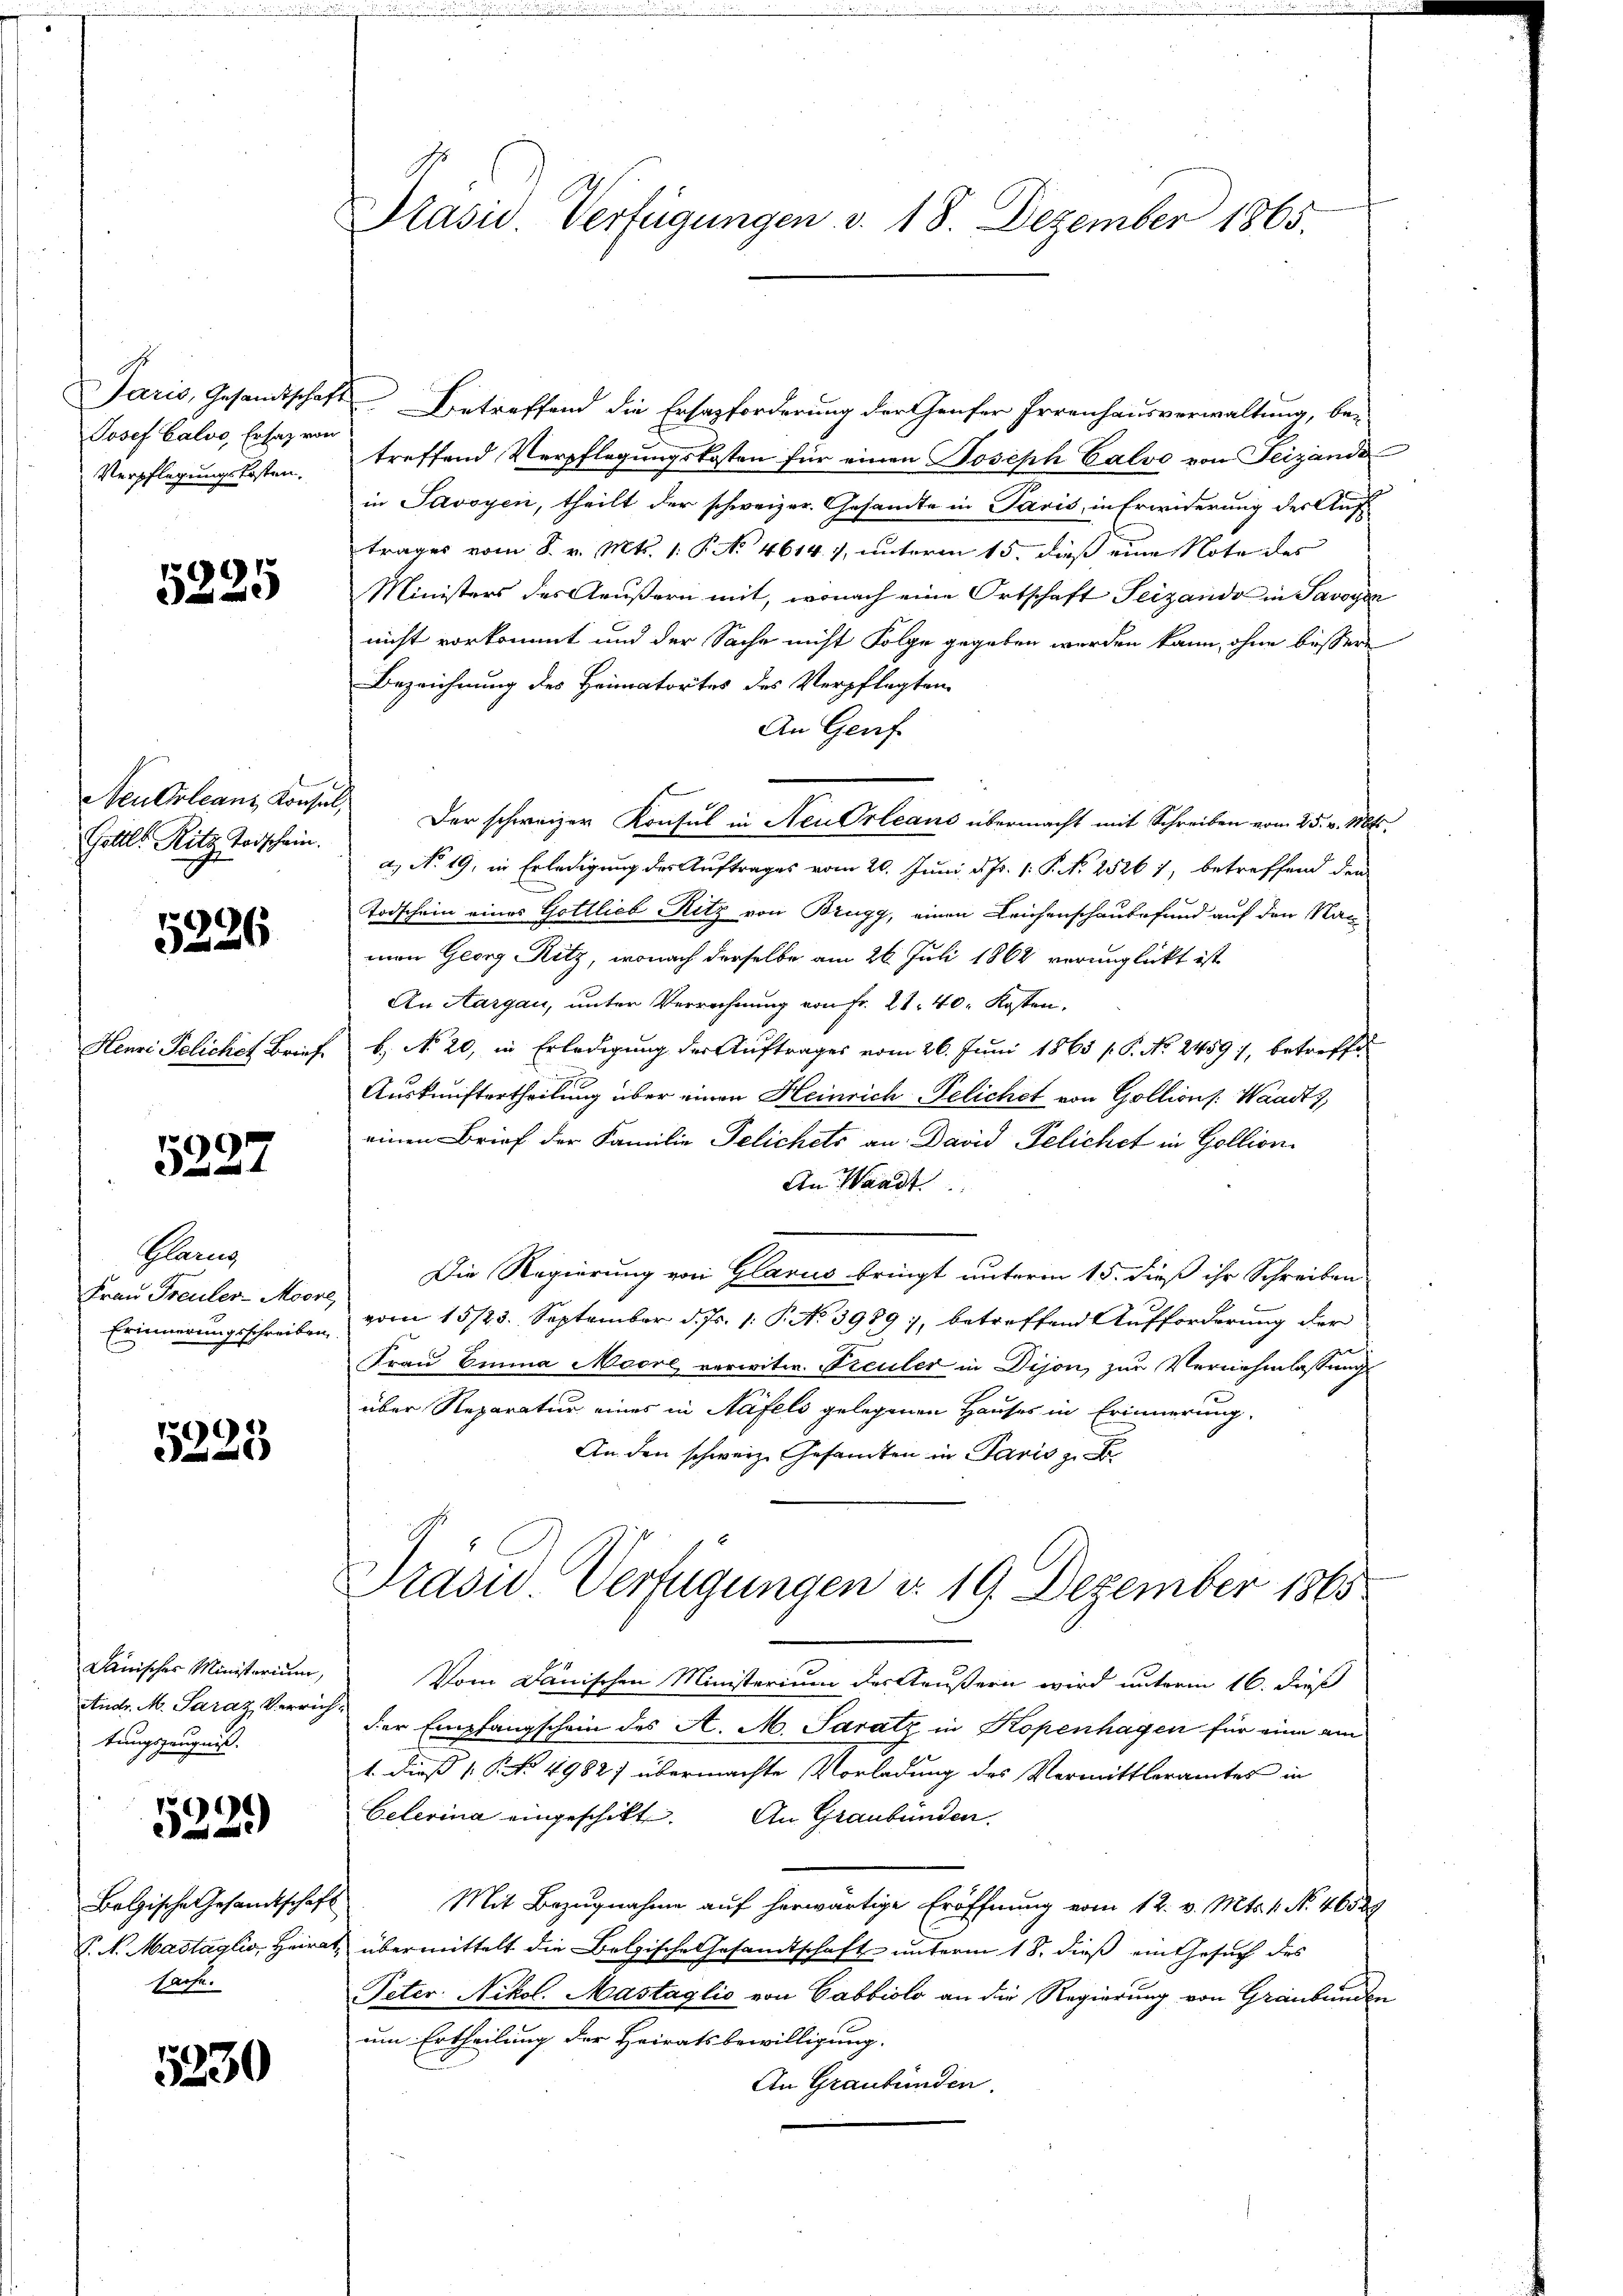
Jaris, Gesandtschaft
Josef Calvo, Ersatz von
Verpflegungskosten.

5225

Neu Orleanz Konse
Gottl. Ritz Todschein.

5226

Henri Pelichet Brief.

5227

Glanz
Frau Freuler-Moore,
Erinnerungsschreiben

5223

Dawisches Ministorium,
Andr. M. Saraz, Verrich
tungszeugniß.

¬
)
)

Belgische Gesandtschaft
V. N. Mastaglio, Heira
farfe.

5230

Präsid. Verfügungen v. 18. Dezember 1865.

Betreffend die Ersazforderung der Genfer Irrenhausverwaltung, be-
treffend Verpflegungskosten für einen Joseph Calvo von Feizande
in Savoyen, theilt der schweizer. Gesandte in Paris, in Erwiderung der Auftrages vom 8. v. Mts. 1. P. No 4614. 7, unterm 15. dieß eine Note des
Ministers des Aeußern mit, wonach eine Ortschaft Seizando in Savoyen
nicht vorkommt und der Sache nicht Folge gegeben werden kann, ohne bessere
Bezeichnung des Heimatortes des Verpflegten
An Genf
Der schweizer Konsul in Neu Orleaus übermacht mit Schreiben vom 25. v. Mts.
a.) No 19, in Erledigung des Auftrages vom 20. Juni d. Js. 1. P. N. 25261, betreffend den
Todschein eines Gottlieb Ritz von Brugg, einen Leichenschaubefund auf den Nac
mon Georg Ritz, wonach derselbe am 26. Juli 1862 verunglückt ist
An Aargau, unter Verrechnung von Fr. 21. 40. Kosten.
b. No. 20, in Erledigung der Auftrages vom 26. Juni 1865 s P. No. 2459), betreffen
Auskunftertheilung über einen Heinrich Pelichet von Gollions: Waadt,
einen Brief der Familie Telichets an: David Pelichet in Gollion
An Waadt
Die Regierung von Glarus bringt unterm 15. dieß ihr Schreiben
vom 15/23. September d. Js. 1. P. No 3989, betreffend Aufforderung der
Frau Emma Moore, verwitw. Freuler in Dijon, zur Vernehmlassungs
über Reparatur eines in Näfels gelegenen Hauses in Erinnerung,
An den schweiz. Gesamten in Paris z
Präsid. Verfügungen d. 19. Dezember 1865
Vom Dänischen Ministerium der Aeußern wird unterm 16. dieß
der Empfangschein des A. M. Paratz in Kopenhagen für eine am
1. dieß (NNo. 4982) übermachte Vorladung des Vermittleramtes in
Celerina eingeschickt. An Graubünden.
Mit Bezugnahme auf herwärtige Eröffnung vom 12. v. Mts. 1. No. 46589
 übermittelt die Belgische Gesandtschaft unterm 18. dieß ein Gesuch des
Peter Nikol. Mastaglio von Cabbiolo an die Regierung von Graubünden
um Ertheilung der Heiratsbewilligung.
An Graubünden.